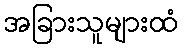
အခြားသူများထံ